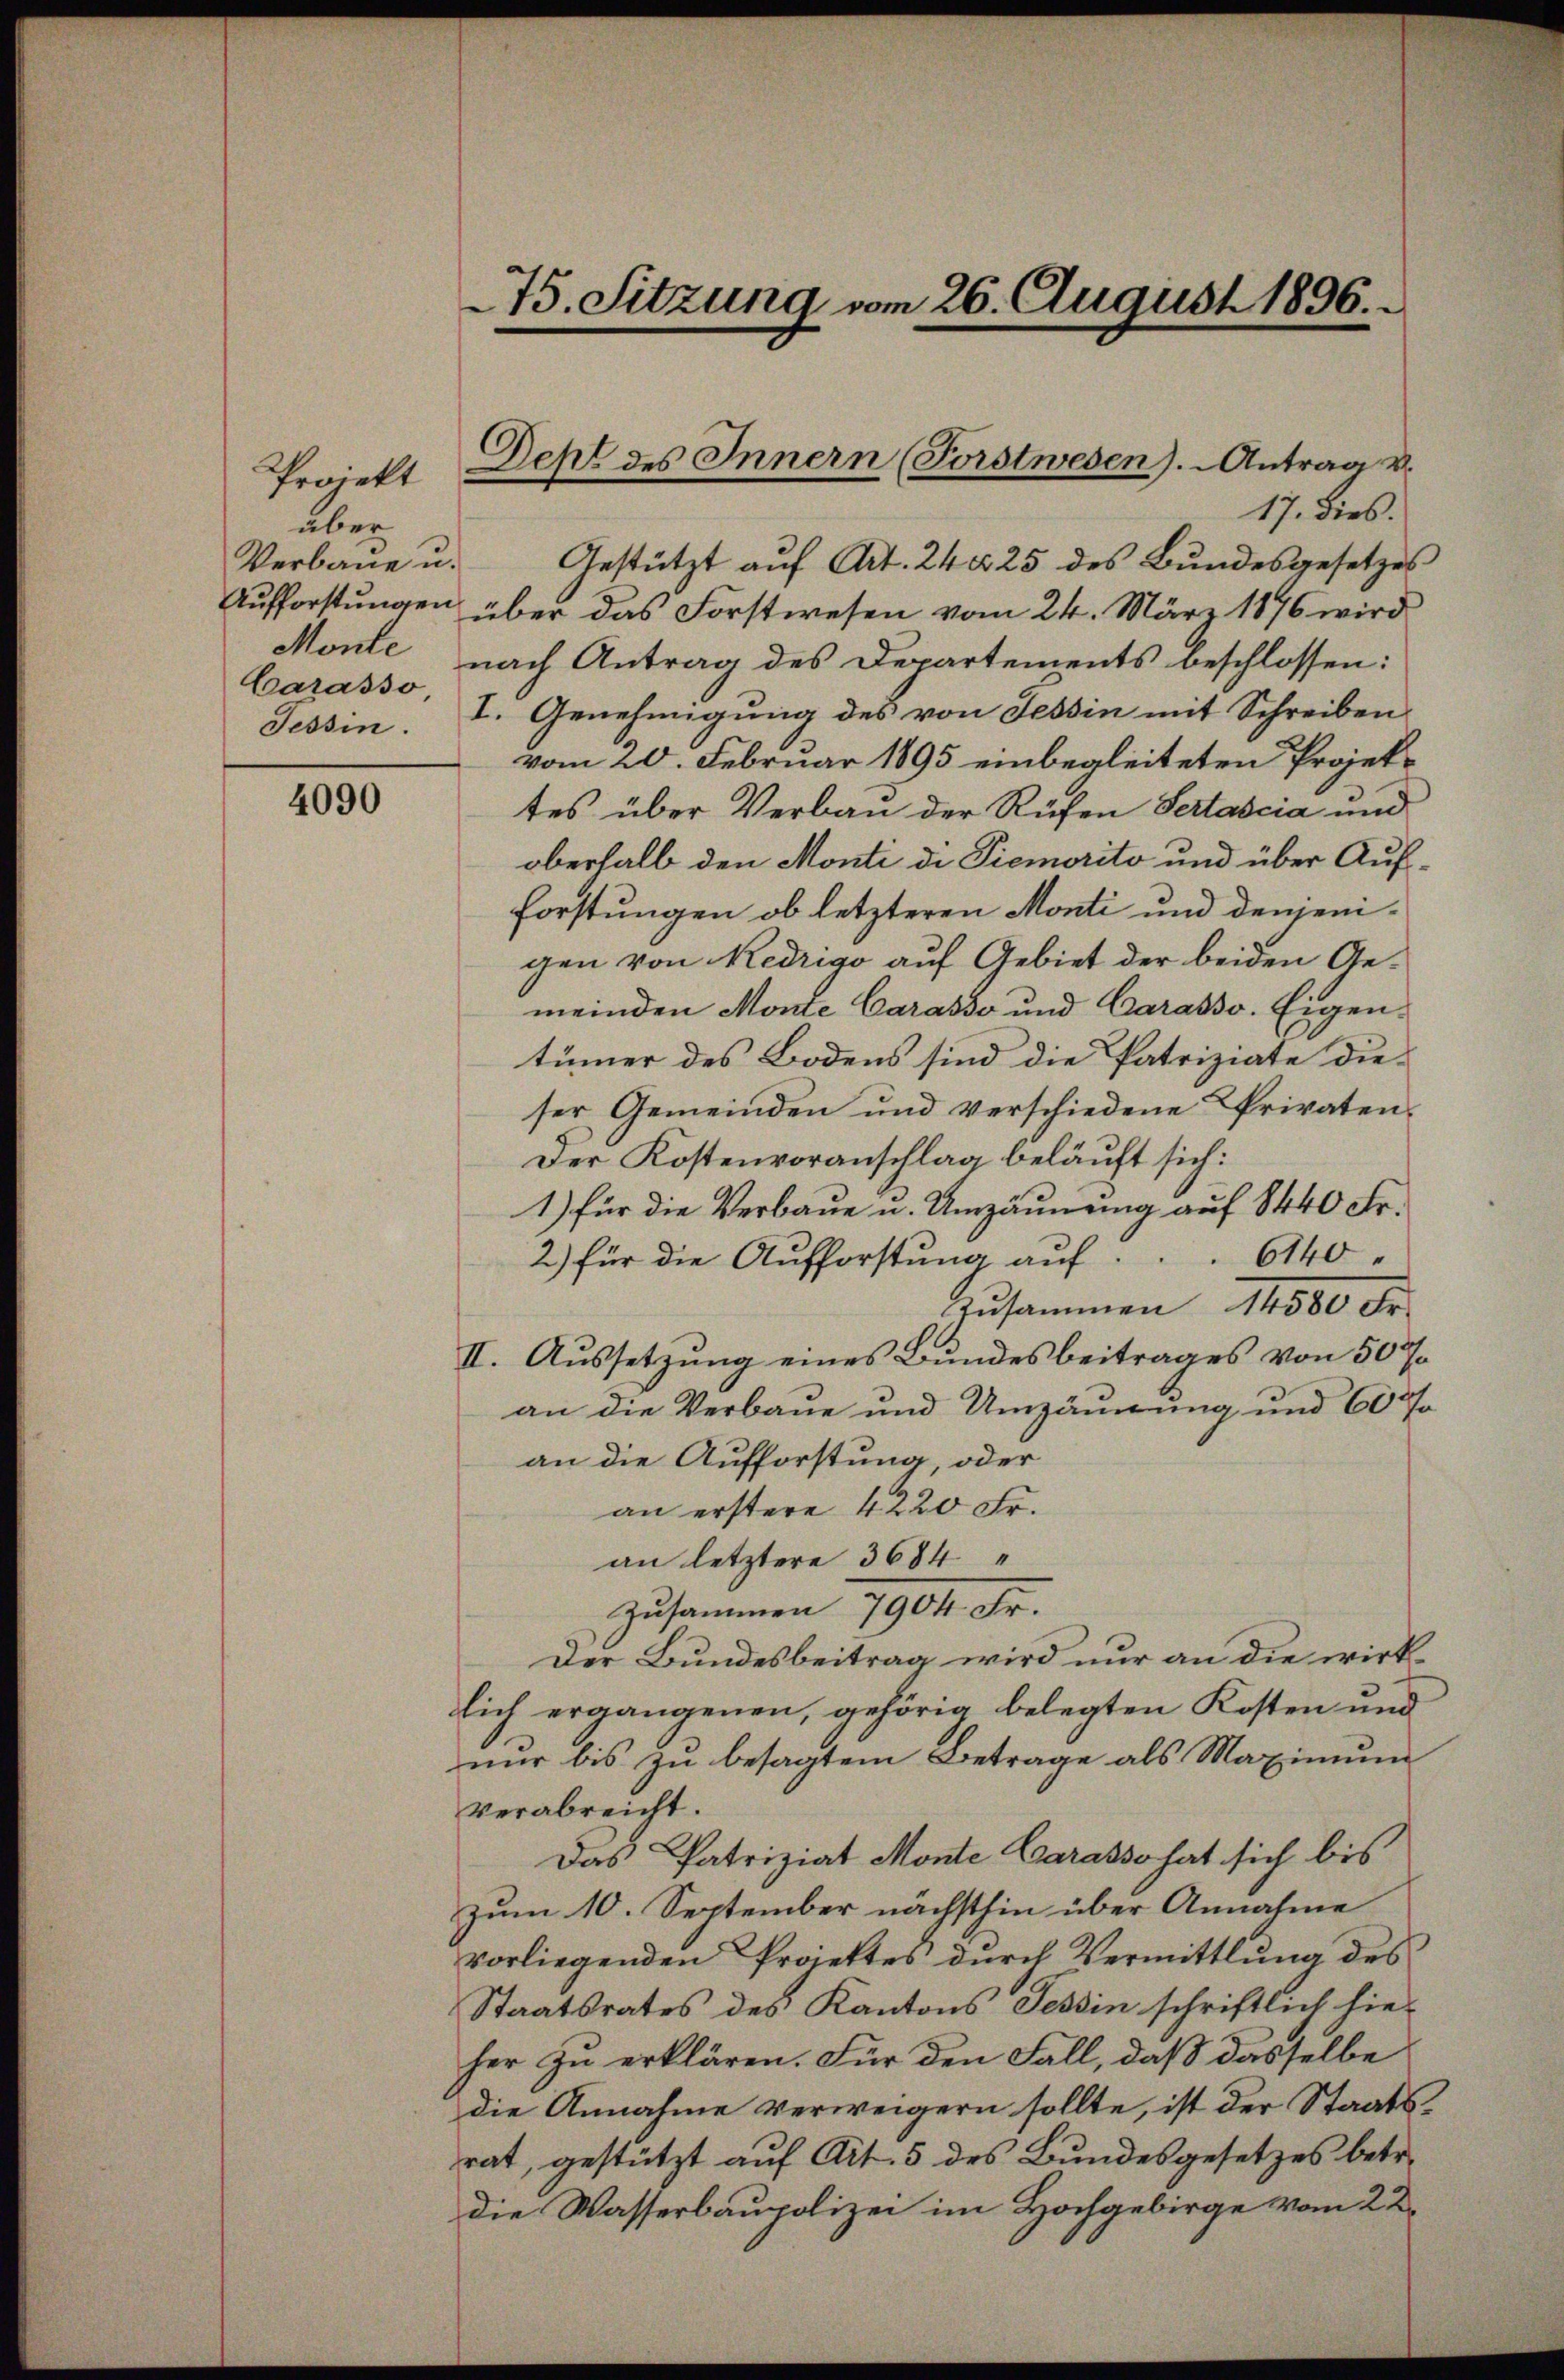
Projekt
über
Monte
Carasso
Tessin.

4090

75. Sitzung vom 26. August 1896.

17. Dies.
Verbaŭe u. Gestützt aŭf Art. 24 § 25 des Bŭndesgesetzes
Aufforstungen über das Forstwesen vom 24. März 1876 wird
nach Antrag des Departements beschlossen:
I. Genehmigung des von Tessin mit Schreiben
vom 20. Februar 1895 einbegleiteten Projektes über Verbau der Rüfen Sertascia und
oberhalb den Monti di Piemorito und über Aufforstungen, ob letzteren Monti und denjenigen von Redrigo auf Gebiet der beiden Gemeinden Monte Carasso und Carasso. Eigen-
tümer des Bodens sind die Patriziate dieser Gemeinden und verschiedene Privaten¬
Der Kostenvoranschlag beläuft sich:
1) für die Verbaue u. Umzäunung auf 8440 Fr.
2.) für die Aufforstung auf . . . 6140
Zusammen 14500 Fr.
II. Aussetzung eines Bundesbeitrages von 50 %
an die Verbaue und Umzäunung und 60
an die Aufforstung, oder
an erstere 4220 Fr.
an letztere 3684
zusammen 7904. Fr.
Der Bundesbeitrag wird nur an die wirklich ergangenen, gehörig belegten Kosten und
nur bis zu besagtem Betrage als Maximum
verabreicht.
Das Patriziat Monte Carasso hat sich bis
zum 10. September nächsthin über Annahme
vorliegenden Projektes durch Vermittlung des
Staatsrates des Kantons Tessin schriftlich hie
her zu erklären. Für den Fall, daß dasselbe
die Annahme verweigern sollte, ist der Staatsrat, gestützt auf Art. 5 des Bundesgesetzes betr.
die Wasserbaupolizei im Hochgebirge vom 22.

C
Des des Innern (Forstwesen). Antrag v.